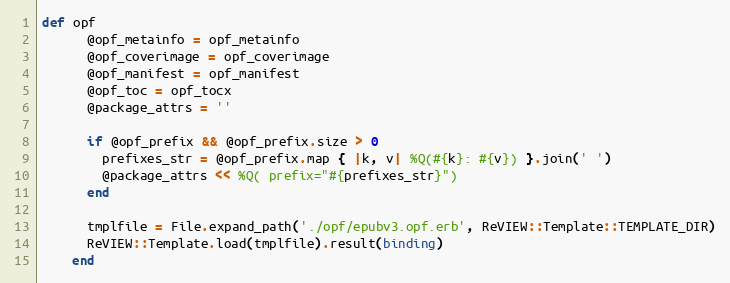
Language: Ruby
def opf
      @opf_metainfo = opf_metainfo
      @opf_coverimage = opf_coverimage
      @opf_manifest = opf_manifest
      @opf_toc = opf_tocx
      @package_attrs = ''

      if @opf_prefix && @opf_prefix.size > 0
        prefixes_str = @opf_prefix.map { |k, v| %Q(#{k}: #{v}) }.join(' ')
        @package_attrs << %Q( prefix="#{prefixes_str}")
      end

      tmplfile = File.expand_path('./opf/epubv3.opf.erb', ReVIEW::Template::TEMPLATE_DIR)
      ReVIEW::Template.load(tmplfile).result(binding)
    end